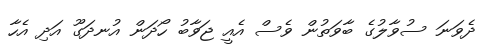
ދެވަނަ ސުވާލުގެ ބާވަތުން ވެސް އެއީ ޖަވާބު ހޯދަން އުނދަގޫ އަދި އެހާ